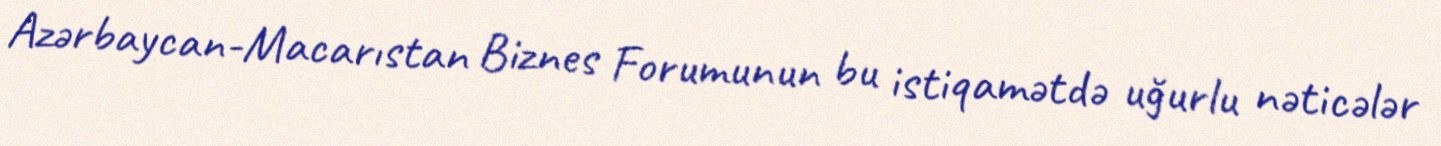
Azərbaycan-Macarıstan Biznes Forumunun bu istiqamətdə uğurlu nəticələr